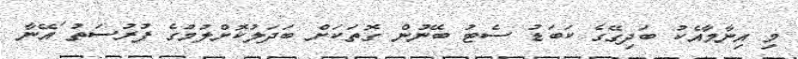
މި އިނާމާއެކު ބަދިގޭގެ ކަބަޑު ސެޓު ބޭނުން ގޮތަކަށް ބަދަލުކޮށްލުމުގެ ފުރުސަތު ައޭނާ